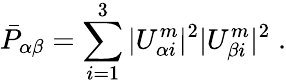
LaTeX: \bar{P}_{\alpha\beta}=\sum_{i=1}^{3}|U_{\alpha i}^{m}|^{2}|U_{\beta i}^{m}|^{2}\; .